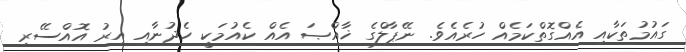
ގައުމުތަކާއި އެއްގޮތްކަމެއް ހުރެއެވެ. ނޭޕާލްގެ ޚާއްޞަ އެއް ކެއުމަކީ ހެދުނާއި އިރު އޮއްސޭރި